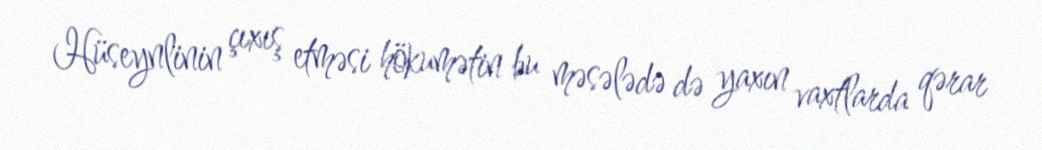
Hüseynlinin çıxış etməsi hökumətin bu məsələdə də yaxın vaxtlarda qərar